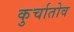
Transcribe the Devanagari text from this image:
कुर्चातोव